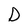
Character: D